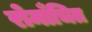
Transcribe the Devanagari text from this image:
रोमाँचित